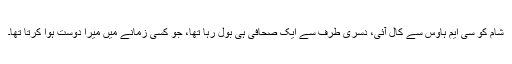
شام کو سی ایم ہاوس سے کال آئی، دسری طرف سے ایک صحافی ہی بول رہا تھا، جو کسی زمانے میں میرا دوست ہوا کرتا تھا۔